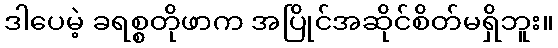
ဒါပေမဲ့ ခရစ္စတိုဖာက အပြိုင်အဆိုင်စိတ်မရှိဘူး။